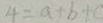
4 = a + b + c